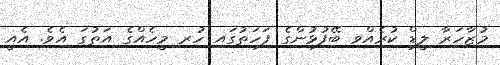
މުޒާހަރާ ލީޑް ކުރެއްވި ބޭފުޅުންގެ ފަހަތުގައި ހުރި މީހެއްގެ އަތުގަ އެވެ. އެއީ